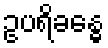
ဥပရိခန္ဓေ